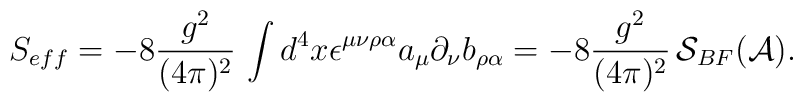
S_{eff}= - 8 \frac{g^2}{(4\pi)^2}\, \int d^4 x\epsilon^{\mu\nu\rho\alpha}a_\mu \partial_\nu b_{\rho\alpha}=- 8 \frac{g^2}{(4\pi)^2}\, {\cal S}_{BF} ({\cal A}).